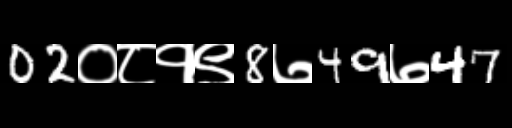
Text: 02०८१९8७49७47